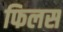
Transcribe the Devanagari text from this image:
फिलस